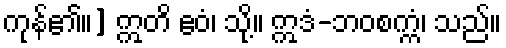
ကုန်၏။] ဣတိ ဧဝံ၊ သို့။ ဣဒံ-ဘဝစက္ကံ၊ သည်။